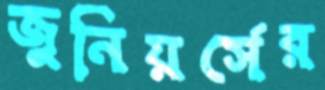
জুনিয়র্সের